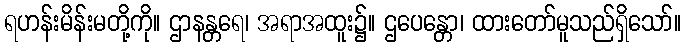
ရဟန်းမိန်းမတို့ကို။ ဌာနန္တရေ၊ အရာအထူး၌။ ဌပေန္တော၊ ထားတော်မူသည်ရှိသော်။